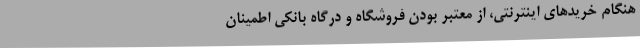
هنگام خریدهای اینترنتی، از معتبر بودن فروشگاه و درگاه بانکی اطمینان